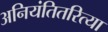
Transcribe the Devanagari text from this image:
अनियंतितरित्या